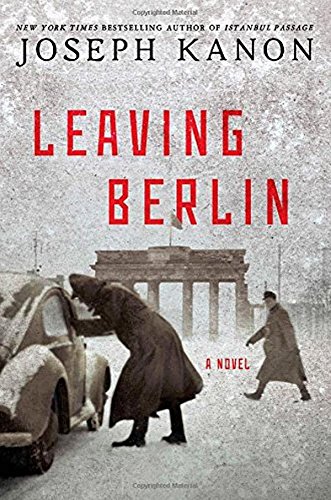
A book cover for Leaving Berlin: A Novel; Joseph Kanon; Mystery, Thriller & Suspense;